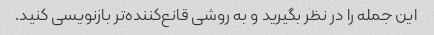
این جمله را در نظر بگیرید و به روشی قانع‌کننده‌تر بازنویسی کنید.